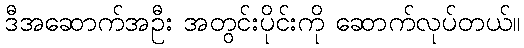
ဒီအဆောက်အဦး အတွင်းပိုင်းကို ဆောက်လုပ်တယ်။